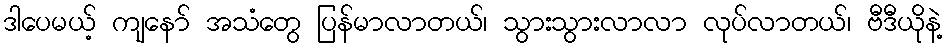
ဒါပေမယ့် ကျနော် အသံတွေ ပြန်မာလာတယ်၊ သွားသွားလာလာ လုပ်လာတယ်၊ ဗီဒီယိုနဲ့